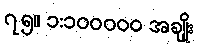
၇၅။ ၁:၁၀၀၀၀၀ အချိုး